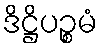
ဒိဋ္ဌိပဉ္စမံ